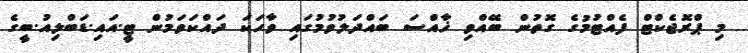
މި ޕްރޮޖެކްޓް ފެއްޓުމުގެ ގޮތުން ބޭއްވި ޚާއްސަ ބައްދަލުވުމުގައި ވާހަކަ ދައްކަވަމުން ޓީ.އައި.ޑަބްލިއު.ބީގެ